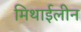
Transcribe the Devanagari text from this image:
मिथाईलीन